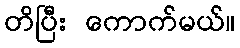
တိပြီး ကောက်မယ်။